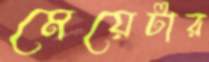
মেয়েটার